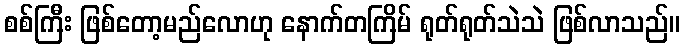
စစ်ကြီး ဖြစ်တော့မည်လောဟု နောက်တကြိမ် ရုတ်ရုတ်သဲသဲ ဖြစ်လာသည်။